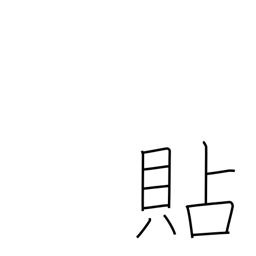
Meaning: apply